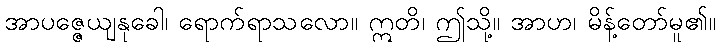
အာပဇ္ဇေယျနုခေါ၊ ရောက်ရာသလော။ ဣတိ၊ ဤသို့။ အာဟ၊ မိန့်တော်မူ၏။